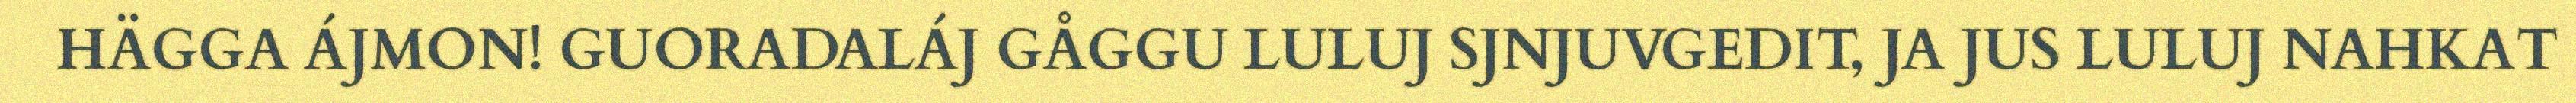
HÄGGA ÁJMON! GUORADALÁJ GÅGGU LULUJ SJNJUVGEDIT, JA JUS LULUJ NAHKAT